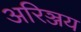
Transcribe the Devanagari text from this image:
अरिञ्जय